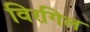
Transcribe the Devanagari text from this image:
विरगिल